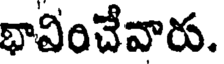
భావించేవారు.